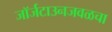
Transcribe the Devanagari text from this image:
जॉर्जटाउनजवळचा